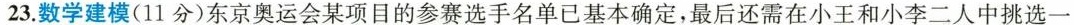
23.数学建模(11分)东京奥运会某项目的参赛选手名单已基本确定，最后还需在小王和小李二人中挑选一